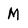
Character: M